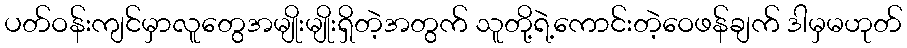
ပတ်ဝန်းကျင်မှာလူတွေအမျိုးမျိုးရှိတဲ့အတွက် သူတို့ရဲ့ကောင်းတဲ့ဝေဖန်ချက် ဒါမှမဟုတ်